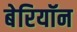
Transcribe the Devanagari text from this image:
बेरियॉन